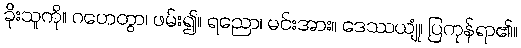
ခိုးသူကို။ ဂဟေတွာ၊ ဖမ်း၍။ ရညော၊ မင်းအား။ ဒေဿယျုံ၊ ပြကုန်ရာ၏။